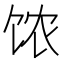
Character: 𲋥